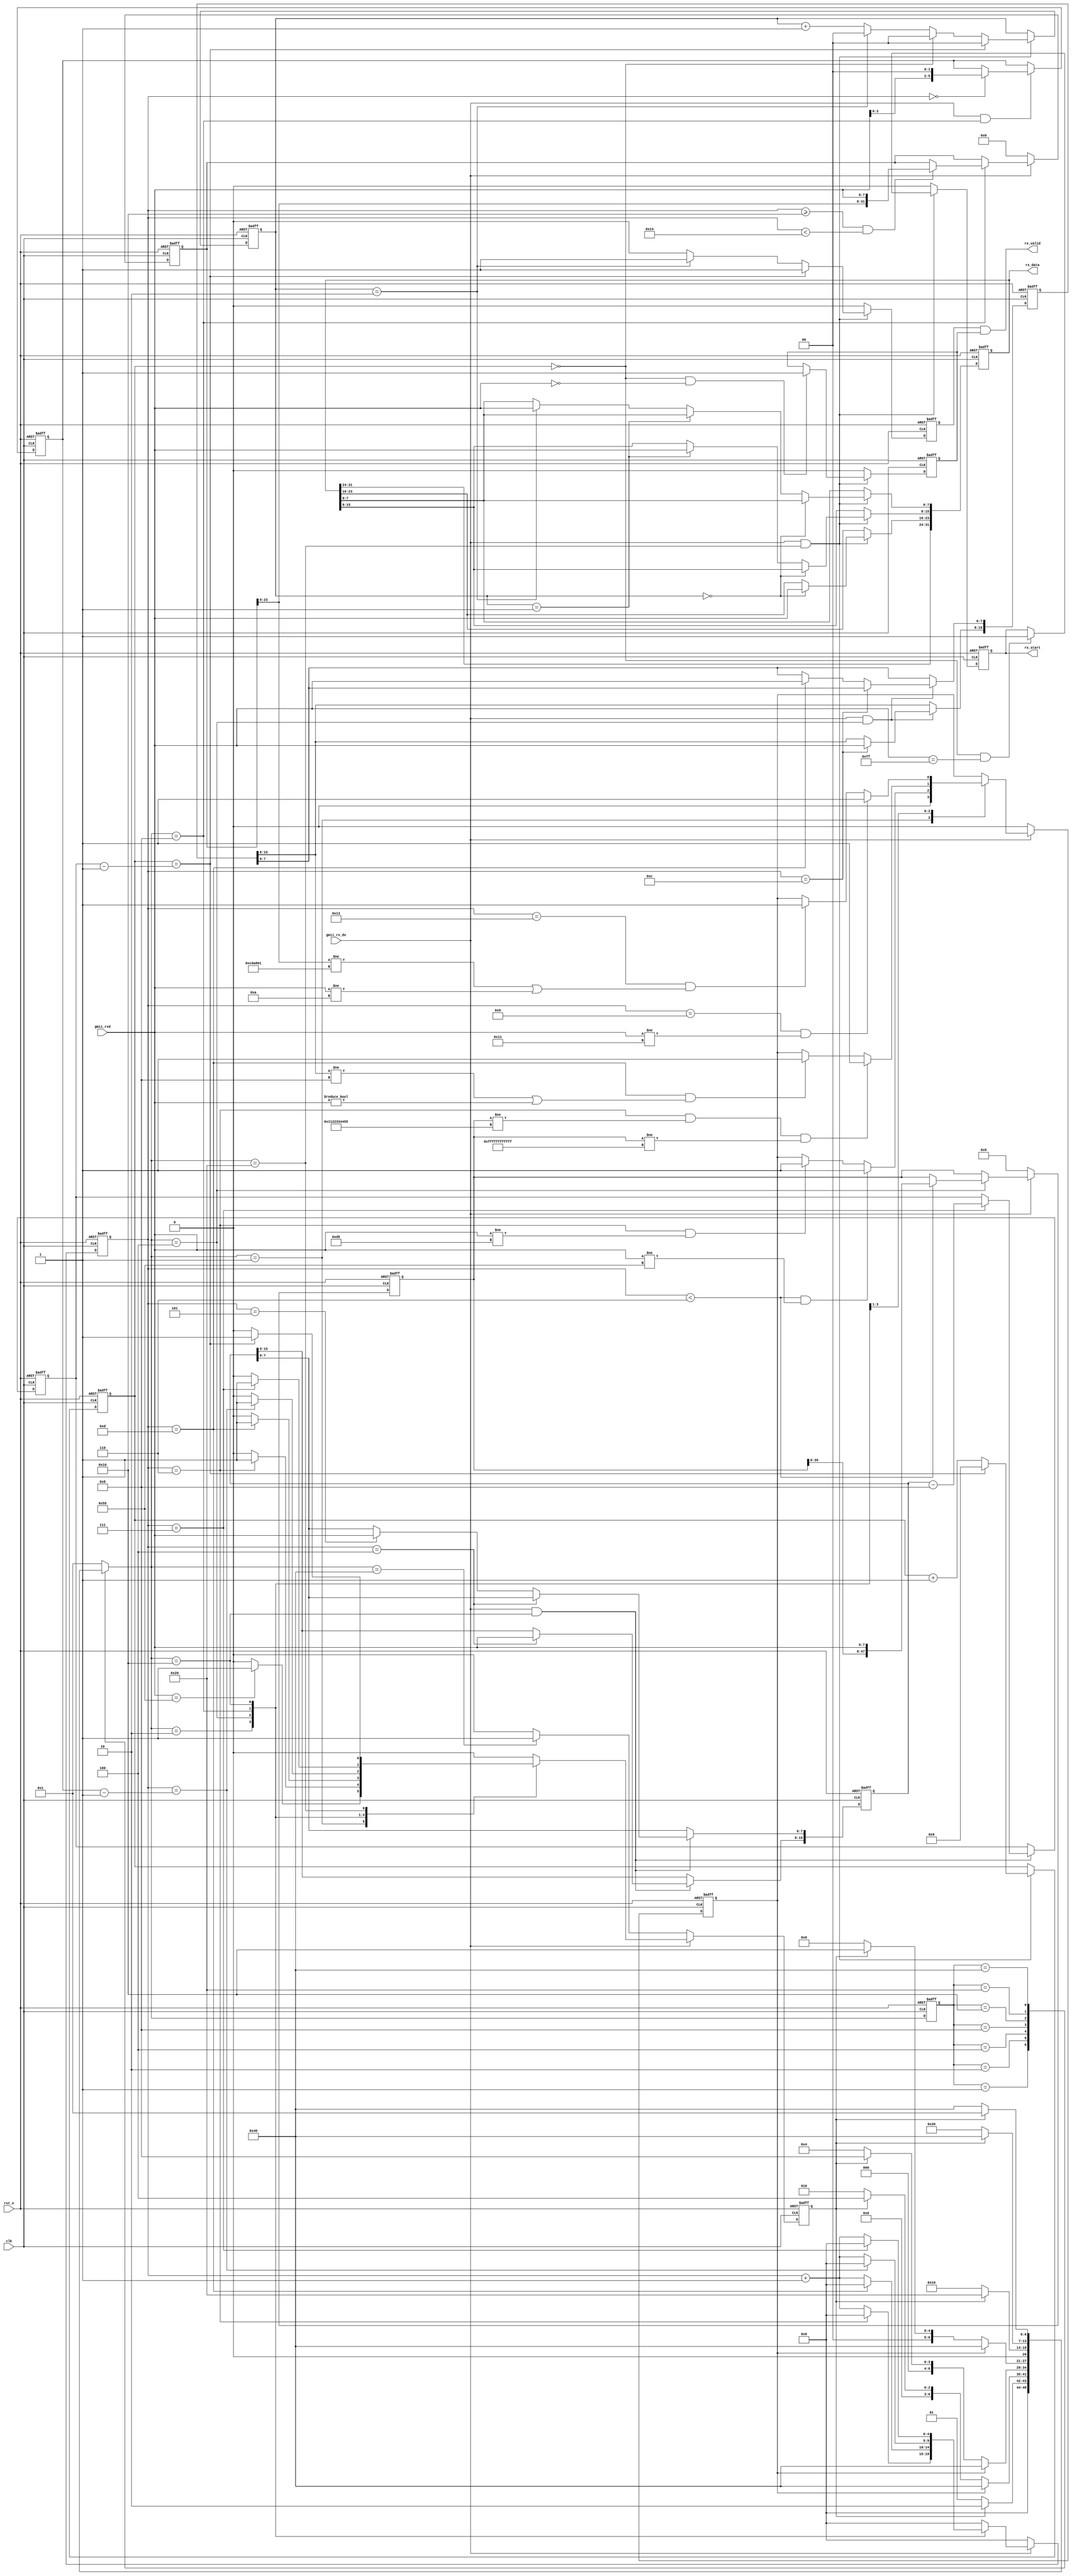

module udp_rx #(
    parameter BOARD_MAC     = 48'h00_11_22_33_44_55         , //MAC 00-11-22-33-44-55
    parameter BOARD_IP      = {8'd192, 8'd168, 8'd1, 8'd10}   //IP 192.168.1.10
)(
    input   wire            clk         , // 
    input   wire            rst_n       , // 
    
    input   wire            gmii_rx_dv  , // GMII
    input   wire    [7:0]   gmii_rxd    , // GMII
    output  reg             rx_start    , // 
    output  wire            rx_valid    , // 
    output  reg     [31:0]  rx_data       // 
);

/*************************parameter**************************/
localparam CODE_PREAMBLE = 8'h55    ; // 78'h55
localparam CODE_SFD      = 8'hd5    ; // 
localparam ETH_TYPE      = 16'h0800 ; //  IP
localparam UDP_TYPE      = 8'd17    ; // UDP 
localparam ROW_VALID     = 8'h00    ; // 
localparam FRAME_SIGNAL  = 8'hff    ; // 

/****************************reg*****************************/
reg             skip_en         ; // 
reg             error_en        ; // 
reg     [ 4:0]  cnt             ; // 
reg     [15:0]  eth_type        ; // 
reg     [ 5:0]  ip_head_byte_num; // IP
reg     [15:0]  udp_byte_num    ; // UDP
reg     [15:0]  data_byte_num   ; // 
reg     [15:0]  data_cnt        ; // 
reg     [ 1:0]  rx_en_cnt       ; // 8bit24bit
reg             rx_en           ; // 24bit
reg             rx_success      ; // 

reg     [47:0]  r_des_mac       ; // MAC
reg     [31:0]  r_des_ip        ; // IP

/****************************wire****************************/


/********************combinational logic*********************/
assign rx_valid = rx_en && rx_success;

/****************************FSM*****************************/
reg     [6:0]   fsm_c   ;
reg     [6:0]   fsm_n   ;

localparam ST_IDLE      = 7'b000_0001; // 
localparam ST_PREAMBLE  = 7'b000_0010; //  
localparam ST_ETH_HEAD  = 7'b000_0100; // 
localparam ST_IP_HEAD   = 7'b000_1000; // IP
localparam ST_UDP_HEAD  = 7'b001_0000; // UDP
localparam ST_RX_DATA   = 7'b010_0000; // 
localparam ST_RX_END    = 7'b100_0000; // 

always@(posedge clk or negedge rst_n)
begin
    if(!rst_n)
        fsm_c <= ST_IDLE;
    else
        fsm_c <= fsm_n;
end

always@(*)
begin
    case(fsm_c)
        ST_IDLE:
            if(skip_en)
                fsm_n = ST_PREAMBLE;
            else
                fsm_n = ST_IDLE;
        ST_PREAMBLE:
            if(error_en)
                fsm_n = ST_RX_END;
            else if(skip_en)
                fsm_n = ST_ETH_HEAD;
            else
                fsm_n = ST_PREAMBLE;
        ST_ETH_HEAD:
            if(error_en)
                fsm_n = ST_RX_END;
            else if(skip_en)
                fsm_n = ST_IP_HEAD;
            else
                fsm_n = ST_ETH_HEAD;
        ST_IP_HEAD:
            if(error_en)
                fsm_n = ST_RX_END;
            else if(skip_en)
                fsm_n = ST_UDP_HEAD;
            else
                fsm_n = ST_IP_HEAD;
        ST_UDP_HEAD:
            if(skip_en)
                fsm_n = ST_RX_DATA;
            else
                fsm_n = ST_UDP_HEAD;
        ST_RX_DATA:
            if(skip_en)
                fsm_n = ST_RX_END;
            else
                fsm_n = ST_RX_DATA;
        ST_RX_END:
            if(skip_en)
                fsm_n = ST_IDLE;
            else
                fsm_n = ST_RX_END;
        default:
                fsm_n = ST_IDLE;
    endcase
end

/**************************process***************************/
always@(posedge clk or negedge rst_n)
begin
    if(!rst_n)
        skip_en <= 1'b0;
    else if(gmii_rx_dv)
        case(fsm_n)
            ST_IDLE:
                if(gmii_rxd == CODE_PREAMBLE)
                    skip_en <= 1'b1;
                else
                    skip_en <= 1'b0;
            ST_PREAMBLE:
                if(cnt == 5'd6)
                    skip_en <= 1'b1;
                else
                    skip_en <= 1'b0;
            ST_ETH_HEAD:
                if(cnt == 5'd13)
                    skip_en <= 1'b1;
                else
                    skip_en <= 1'b0;
            ST_IP_HEAD:
                if(cnt == ip_head_byte_num - 1'b1)
                    skip_en <= 1'b1;
                else
                    skip_en <= 1'b0;
            ST_UDP_HEAD:
                if(cnt == 5'd7)
                    skip_en <= 1'b1;
                else
                    skip_en <= 1'b0;
            ST_RX_DATA:
                if(data_cnt == data_byte_num - 1'b1)
                    skip_en <= 1'b1;
                else
                    skip_en <= 1'b0;
            default:
                    skip_en <= 1'b0;
        endcase
    else if(fsm_n == ST_RX_END)
                    skip_en <= 1'b1;
    else
                    skip_en <= 1'b0;
end

always@(posedge clk or negedge rst_n)
begin
    if(!rst_n)
        error_en <= 1'b0;
    else if(gmii_rx_dv)
        case(fsm_n)
            ST_IDLE:
                error_en <= 1'b0;
            ST_PREAMBLE:
                if((cnt < 5'd6) && (gmii_rxd != CODE_PREAMBLE))
                    error_en <= 1'b1;
                else if((cnt == 5'd6) && (gmii_rxd != CODE_SFD))
                    error_en <= 1'b1;
                else
                    error_en <= error_en;
            ST_ETH_HEAD:
                if((cnt == 5'd6) && (r_des_mac != BOARD_MAC) && (r_des_mac != 48'hff_ff_ff_ff_ff_ff)) //MACMAC
                    error_en <= 1'b1;
                else if((cnt == 5'd13) && ((eth_type[15:8] != ETH_TYPE[15:8]) || (gmii_rxd != ETH_TYPE[7:0]))) //UDP
                    error_en <= 1'b1;
                else
                    error_en <= error_en;
            ST_IP_HEAD:
                if((cnt == 5'd9) && (gmii_rxd != UDP_TYPE))
                    error_en <= 1'b1;
                else if((cnt == 5'd19) && ((r_des_ip[23:0] != BOARD_IP[31:8]) || (gmii_rxd != BOARD_IP[7:0])))
                    error_en <= 1'b1;
                else
                    error_en <= error_en;
            default:
                    error_en <= error_en;
        endcase
    else
        error_en <= 1'b0;
end

always@(posedge clk or negedge rst_n)
begin
    if(!rst_n)
        cnt <= 5'd0;
    else if(gmii_rx_dv)
        case(fsm_n)
            ST_PREAMBLE:
                if(cnt == 5'd6)
                    cnt <= 5'd0;
                else
                    cnt <= cnt + 1'b1;
            ST_ETH_HEAD:
                if(cnt == 5'd13)
                    cnt <= 5'd0;
                else
                    cnt <= cnt + 1'b1;
            ST_IP_HEAD:
                if(cnt == ip_head_byte_num - 1'b1)
                    cnt <= 5'd0;
                else
                    cnt <= cnt + 1'b1;
            ST_UDP_HEAD:
                if(cnt == 5'd7)
                    cnt <= 5'd0;
                else
                    cnt <= cnt + 1'b1;
            default:
                    cnt <= 5'd0;
        endcase
    else
        cnt <= 5'd0;
end

always@(posedge clk or negedge rst_n)
begin
    if(!rst_n)
        r_des_mac <= 48'd0;
    else if(gmii_rx_dv) // 
        case(fsm_n)
            ST_ETH_HEAD:
                if(cnt < 5'd6)
                    r_des_mac <= {r_des_mac[39:0], gmii_rxd};
                else
                    r_des_mac <= r_des_mac;
            default:
                    r_des_mac <= r_des_mac;
        endcase
    else
        r_des_mac <= 48'd0;
end

always@(posedge clk or negedge rst_n)
begin
    if(!rst_n)
        r_des_ip <= 32'd0;
    else if(gmii_rx_dv) // 
        case(fsm_n)
            ST_IP_HEAD:
                if((cnt >= 5'd16) && (cnt < 5'd20))
                    r_des_ip <= {r_des_ip[23:0], gmii_rxd};
                else
                    r_des_ip <= r_des_ip;
            default:
                    r_des_ip <= r_des_ip;
        endcase
    else
        r_des_ip <= 32'd0;
end

always@(posedge clk or negedge rst_n)
begin
    if(!rst_n)
        eth_type <= 16'd0;
    else if(gmii_rx_dv && (fsm_n == ST_ETH_HEAD))
        if(cnt == 5'd12)
            eth_type[15:8] <= gmii_rxd;
        else if(cnt == 5'd13)
            eth_type[7:0]  <= gmii_rxd;
        else
            eth_type <= eth_type;
    else
        eth_type <= eth_type;
end

always@(posedge clk or negedge rst_n)
begin
    if(!rst_n)
        ip_head_byte_num <= 6'd0;
    else if(gmii_rx_dv && (fsm_n == ST_IP_HEAD))
        if(cnt == 5'd0)
            ip_head_byte_num <= {gmii_rxd[3:0], 2'd0};
        else
            ip_head_byte_num <= ip_head_byte_num;
    else
        ip_head_byte_num <= ip_head_byte_num;
end

always@(posedge clk or negedge rst_n)
begin
    if(!rst_n)
        udp_byte_num <= 16'd0;
    else if(gmii_rx_dv && (fsm_n == ST_UDP_HEAD))
        if(cnt == 5'd4)
            udp_byte_num[15:8] <= gmii_rxd;
        else if(cnt == 5'd5)
            udp_byte_num[7:0]  <= gmii_rxd;
        else
            udp_byte_num <= udp_byte_num;
    else
            udp_byte_num <= udp_byte_num;
end

always@(posedge clk or negedge rst_n)
begin
    if(!rst_n)
        data_byte_num <= 16'd0;
    else if(gmii_rx_dv && (fsm_n == ST_UDP_HEAD))
        if(cnt == 5'd7)
            data_byte_num <= udp_byte_num - 16'd8;
        else
            data_byte_num <= data_byte_num;
    else
            data_byte_num <= data_byte_num;
end

always@(posedge clk or negedge rst_n)
begin
    if(!rst_n)
        data_cnt <= 16'd0;
    else if(gmii_rx_dv && (fsm_n == ST_RX_DATA))
        if(data_cnt == data_byte_num - 1'b1)
            data_cnt <= 16'd0;
        else
            data_cnt <= data_cnt + 1'b1;
    else
            data_cnt <= data_cnt;
end

always@(posedge clk or negedge rst_n)
begin
    if(!rst_n)
        rx_en_cnt <= 2'd0;
    else if(gmii_rx_dv && (fsm_n == ST_RX_DATA))
        if(data_cnt == data_byte_num - 1'b1)
            rx_en_cnt <= 2'd0;
        else if(data_cnt == 16'd0)
            rx_en_cnt <= 2'd0;
        else if(rx_en_cnt == 2'd2)
            rx_en_cnt <= 2'd0;
        else
            rx_en_cnt <= rx_en_cnt + 1'b1;
    else
            rx_en_cnt <= rx_en_cnt;
end

always@(posedge clk or negedge rst_n)
begin
    if(!rst_n)
        rx_en <= 1'b0;
    else if(gmii_rx_dv && (fsm_n == ST_RX_DATA))
        if(data_cnt == data_byte_num - 1'b1)
            rx_en <= 1'b1;
        else if(rx_en_cnt == 2'd2)
            rx_en <= 1'b1;
        else
            rx_en <= 1'b0;
    else
            rx_en <= 1'b0;
end

always@(posedge clk or negedge rst_n)
begin
    if(!rst_n)
        rx_success <= 1'b0;
    else if(gmii_rx_dv && (fsm_n == ST_RX_DATA))
        if((data_cnt == 16'd0) && (gmii_rxd == ROW_VALID))
            rx_success <= 1'b1;
        else
            rx_success <= rx_success;
    else
        rx_success <= 1'b0;
end

always@(posedge clk or negedge rst_n)
begin
    if(!rst_n)
        rx_data <= 32'd0;
    else if(gmii_rx_dv && (fsm_n == ST_RX_DATA))
        if(rx_en_cnt == 2'd0)
            rx_data[23:16] <= gmii_rxd;
        else if(rx_en_cnt == 2'd1)
            rx_data[15: 8] <= gmii_rxd;
        else if(rx_en_cnt == 2'd2)
            rx_data[ 7: 0] <= gmii_rxd;
        else
            rx_data <= rx_data;
    else
            rx_data <= rx_data;
end

always@(posedge clk or negedge rst_n)
begin
    if(!rst_n)
        rx_start <= 1'b0;
    else if(gmii_rx_dv && (fsm_n == ST_RX_DATA))
        if((data_cnt == 16'd0) && (gmii_rxd == FRAME_SIGNAL))
            rx_start <= 1'b1;
        else
            rx_start <= rx_start;
    else
        rx_start <= 1'b0;
end

/*---------------------------------------------------*/


endmodule